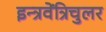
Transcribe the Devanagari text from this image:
इन्त्रवेंत्रिचुलर